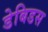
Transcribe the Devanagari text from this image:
डेबिडस